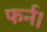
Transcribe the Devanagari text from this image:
फर्न।